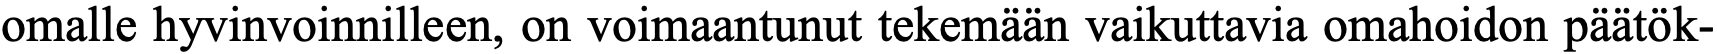
omalle hyvinvoinnilleen, on voimaantunut tekemään vaikuttavia omahoidon päätök-